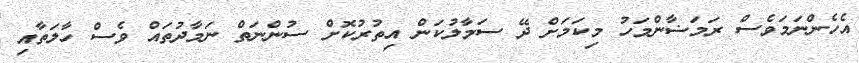
އެހެންނަމަވެސް ރަމަޟާންމަހު މިކަމަށް ދޭ ސަމާލުކަން އިތުރުކޮށް ސުންނަތް ނަމާދުތައް ވެސް ހާލަތާއި